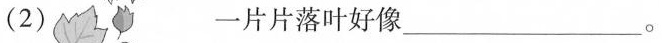
(2) 一片片落叶好像___